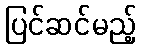
ပြင်ဆင်မည့်